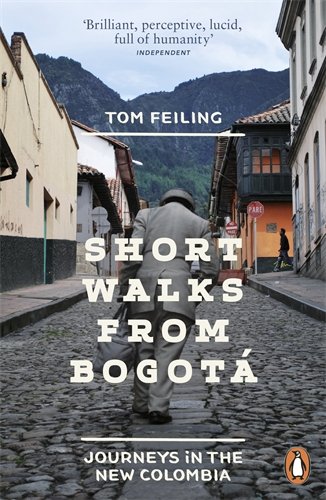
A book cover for Short Walks from BogotÃ¡: Journeys in the New Colombia; Tom Feiling; Travel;